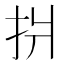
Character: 𢪫